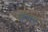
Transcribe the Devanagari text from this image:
झुलाए